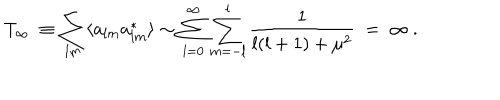
T _ { \infty } \ \equiv \sum _ { l m } \langle a _ { l m } a _ { l m } ^ { * } \rangle \sim \sum _ { l = 0 } ^ { \infty } \sum _ { m = - l } ^ { l } \frac { 1 } { l ( l + 1 ) + \mu ^ { 2 } } \ = \ \infty \ .